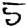
Digit: 5